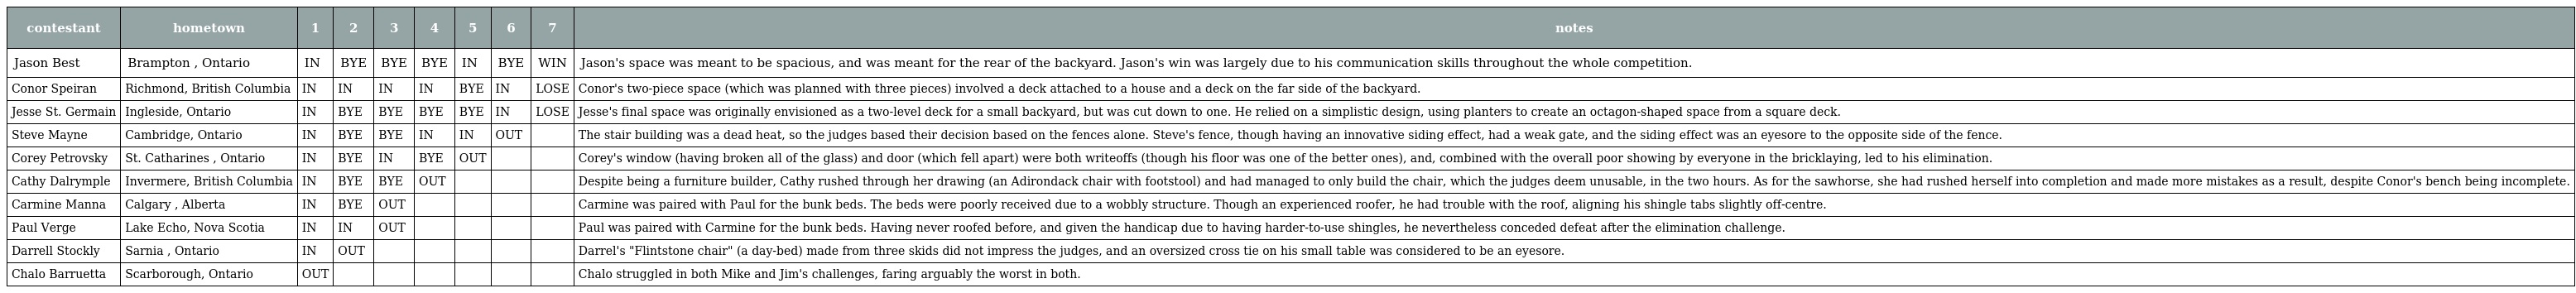
| contestant | hometown | 1 | 2 | 3 | 4 | 5 | 6 | 7 | notes |
 | --- | --- | --- | --- | --- | --- | --- | --- | --- | --- |
 | Jason Best | Brampton , Ontario | IN | BYE | BYE | BYE | IN | BYE | WIN | Jason's space was meant to be spacious, and was meant for the rear of the backyard. Jason's win was largely due to his communication skills throughout the whole competition. |
 | Conor Speiran | Richmond, British Columbia | IN | IN | IN | IN | BYE | IN | LOSE | Conor's two-piece space (which was planned with three pieces) involved a deck attached to a house and a deck on the far side of the backyard. |
 | Jesse St. Germain | Ingleside, Ontario | IN | BYE | BYE | BYE | BYE | IN | LOSE | Jesse's final space was originally envisioned as a two-level deck for a small backyard, but was cut down to one. He relied on a simplistic design, using planters to create an octagon-shaped space from a square deck. |
 | Steve Mayne | Cambridge, Ontario | IN | BYE | BYE | IN | IN | OUT |  | The stair building was a dead heat, so the judges based their decision based on the fences alone. Steve's fence, though having an innovative siding effect, had a weak gate, and the siding effect was an eyesore to the opposite side of the fence. |
 | Corey Petrovsky | St. Catharines , Ontario | IN | BYE | IN | BYE | OUT |  |  | Corey's window (having broken all of the glass) and door (which fell apart) were both writeoffs (though his floor was one of the better ones), and, combined with the overall poor showing by everyone in the bricklaying, led to his elimination. |
 | Cathy Dalrymple | Invermere, British Columbia | IN | BYE | BYE | OUT |  |  |  | Despite being a furniture builder, Cathy rushed through her drawing (an Adirondack chair with footstool) and had managed to only build the chair, which the judges deem unusable, in the two hours. As for the sawhorse, she had rushed herself into completion and made more mistakes as a result, despite Conor's bench being incomplete. |
 | Carmine Manna | Calgary , Alberta | IN | BYE | OUT |  |  |  |  | Carmine was paired with Paul for the bunk beds. The beds were poorly received due to a wobbly structure. Though an experienced roofer, he had trouble with the roof, aligning his shingle tabs slightly off-centre. |
 | Paul Verge | Lake Echo, Nova Scotia | IN | IN | OUT |  |  |  |  | Paul was paired with Carmine for the bunk beds. Having never roofed before, and given the handicap due to having harder-to-use shingles, he nevertheless conceded defeat after the elimination challenge. |
 | Darrell Stockly | Sarnia , Ontario | IN | OUT |  |  |  |  |  | Darrel's "Flintstone chair" (a day-bed) made from three skids did not impress the judges, and an oversized cross tie on his small table was considered to be an eyesore. |
 | Chalo Barruetta | Scarborough, Ontario | OUT |  |  |  |  |  |  | Chalo struggled in both Mike and Jim's challenges, faring arguably the worst in both. |